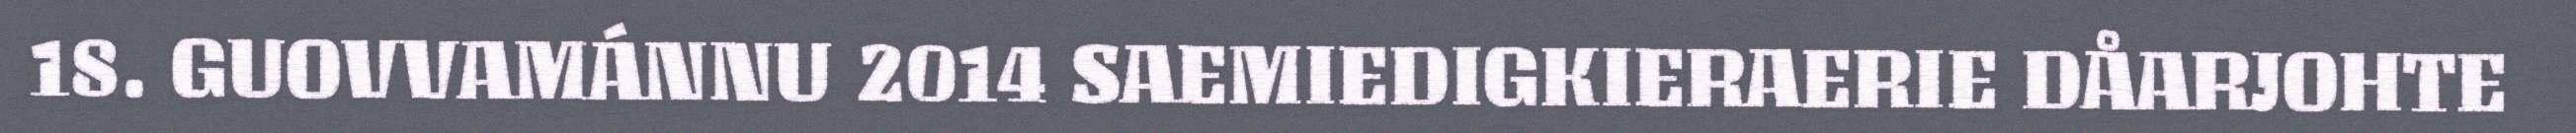
18. GUOVVAMÁNNU 2014 SAEMIEDIGKIERAERIE DÅARJOHTE